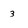
Character: 3